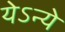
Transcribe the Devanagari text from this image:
येऽन्ये